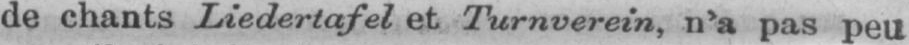
de chants Liedertafel et Turnverein, n’a pas peu